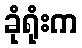
ခုံရုံးက